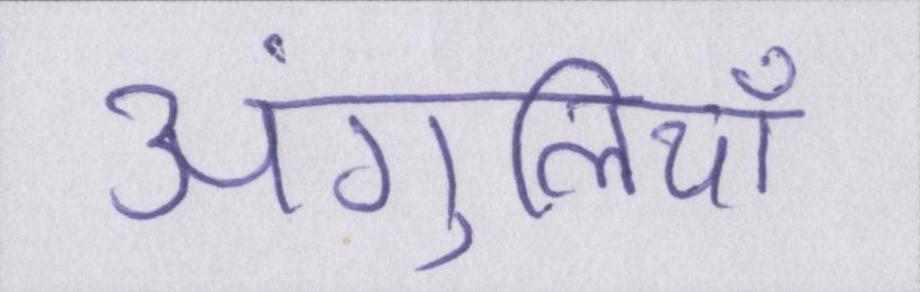
अंगुलियाँ